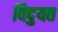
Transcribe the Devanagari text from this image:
विदुयत